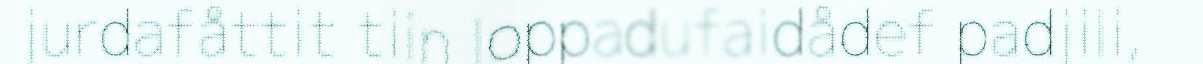
jurdafåttit tiin Ioppadufaidådef padjili,